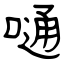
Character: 嗵